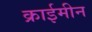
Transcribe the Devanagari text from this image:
क्राईमीन